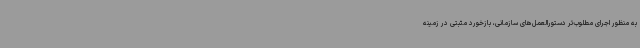
به منظور اجرای مطلوب‌تر دستورالعمل‌های سازمانی، بازخورد مثبتی در زمینه